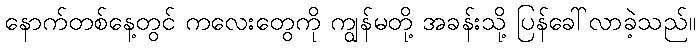
နောက်တစ်နေ့တွင် ကလေးတွေကို ကျွန်မတို့ အခန်းသို့ ပြန်ခေါ်လာခဲ့သည်။